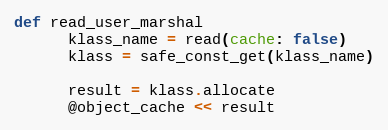
Language: Ruby
def read_user_marshal
      klass_name = read(cache: false)
      klass = safe_const_get(klass_name)

      result = klass.allocate
      @object_cache << result